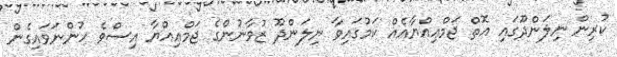
ކުރިން ނިލަންދޫގައި އޮތް ޖަމްޢިއްޔާއެއް ކަމުގައިވާ ނިލަންދޫ ޒުވާނުންގެ ޖަމްޢިއްޔާ އިސްވެ ހުންނަވައިގެން